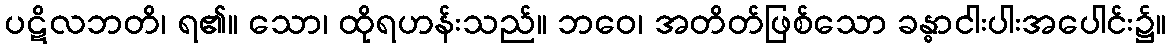
ပဋိလဘတိ၊ ရ၏။ သော၊ ထိုရဟန်းသည်။ ဘဝေ၊ အတိတ်ဖြစ်သော ခန္ဓာငါးပါးအပေါင်း၌။